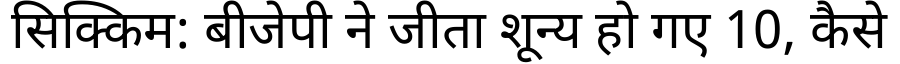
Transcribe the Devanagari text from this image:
सिक्किम: बीजेपी ने जीता शून्य हो गए 10, कैसे